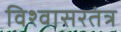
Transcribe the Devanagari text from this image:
विश्वासरतंत्र